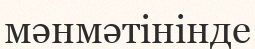
мәнмәтінінде